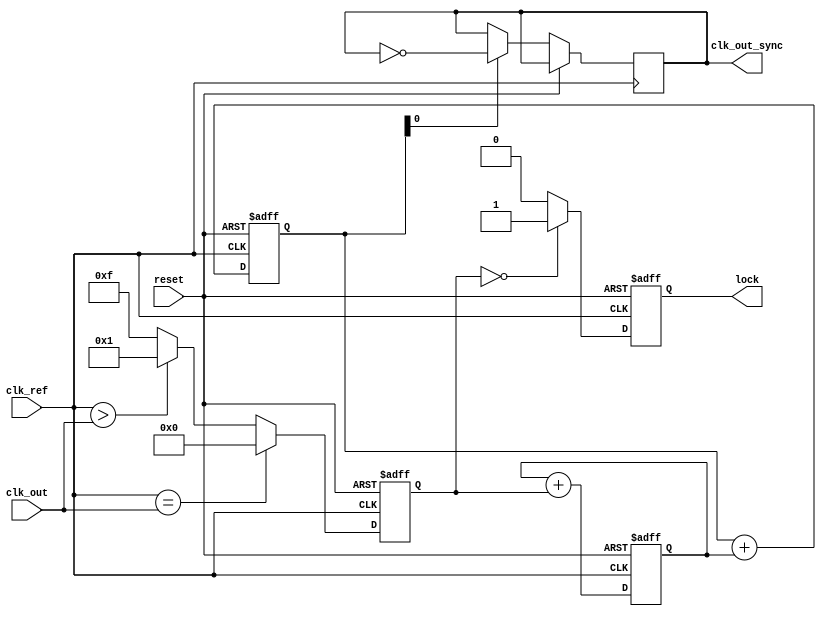
module MemoryBlocksDPLL (
    input wire clk_ref,             // Reference clock input
    input wire clk_out,             // Output clock signal
    input wire reset,               // Reset signal
    output reg clk_out_sync,        // Synchronized output clock
    output reg lock                 // Lock status indicator
);

    // Parameters
    parameter PHASE_ERROR_WIDTH = 4; // Bit width for phase error
    parameter FILTER_WIDTH = 8;       // Bit width for filter output
    parameter MEMORY_DEPTH = 16;      // Depth of memory blocks

    // Registers and wires
    reg [PHASE_ERROR_WIDTH-1:0] phase_error;         // Phase error signal
    reg [FILTER_WIDTH-1:0] loop_filter_output;        // Filter output
    reg [FILTER_WIDTH-1:0] memory [0:MEMORY_DEPTH-1]; // Memory blocks for phase adjustments
    integer mem_index;                               // Memory index for writing/reading
    reg [FILTER_WIDTH-1:0] vco_output;              // Output of the VCO
    reg [31:0] vco_tune;                             // Tuning parameter for VCO

    // Phase Detector
    always @(posedge clk_ref or posedge reset) begin
        if (reset) begin
            phase_error <= 0;
        end else begin
            // Compare phase of reference clock and output clock
            phase_error <= (clk_ref == clk_out) ? 0 : (clk_ref > clk_out) ? 1 : -1; // Simplified phase comparison
        end
    end

    // Loop Filter (First-order)
    always @(posedge clk_ref or posedge reset) begin
        if (reset) begin
            loop_filter_output <= 0;
        end else begin
            loop_filter_output <= loop_filter_output + phase_error; // Simple accumulation filter
        end
    end

    // Memory Block Operations
    always @(posedge clk_ref) begin
        if (mem_index < MEMORY_DEPTH) begin
            memory[mem_index] <= loop_filter_output; // Store filter output in memory
            mem_index <= mem_index + 1; // Increment memory index
        end else begin
            mem_index <= 0; // Reset index if it reaches the depth
        end
    end

    // Voltage-Controlled Oscillator (VCO)
    always @(posedge clk_ref or posedge reset) begin
        if (reset) begin
            vco_output <= 0;
            vco_tune <= 0;
        end else begin
            vco_tune <= vco_tune + loop_filter_output; // Tune VCO based on loop filter output
            // Generate output clock based on vco_tune (simple toggle for demonstration)
            if (vco_tune[0] == 1) begin
                clk_out_sync <= ~clk_out_sync;
            end
        end
    end

    // Lock Detection
    always @(posedge clk_ref or posedge reset) begin
        if (reset) begin
            lock <= 0;
        end else begin
            if (phase_error == 0) begin
                lock <= 1; // Locked when phase error is zero
            end else begin
                lock <= 0; // Not locked
            end
        end
    end

endmodule